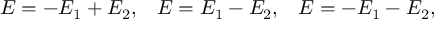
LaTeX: \begin{array} { l l l } { { E = - E _ { 1 } + E _ { 2 } , } } & { { E = E _ { 1 } - E _ { 2 } , } } & { { E = - E _ { 1 } - E _ { 2 } , } } \end{array}